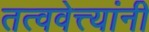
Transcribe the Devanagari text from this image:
तत्ववेत्त्यांनी